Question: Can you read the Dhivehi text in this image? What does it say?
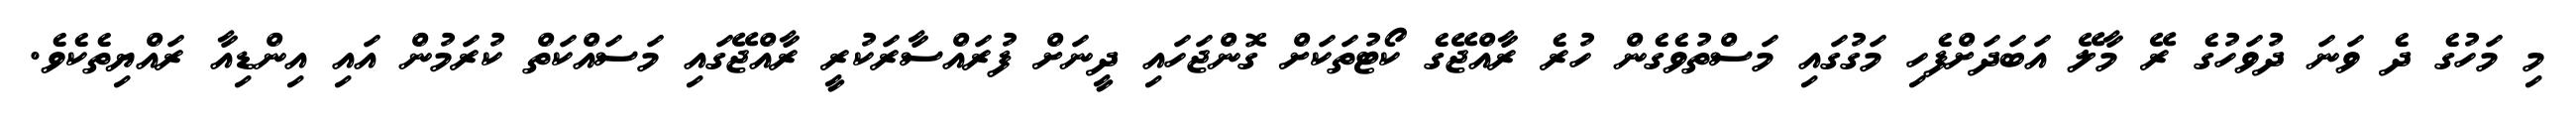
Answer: މި މަހުގެ ދެ ވަނަ ދުވަހުގެ ރޭ މާލޭ އަބަދަށްފެހި މަގުގައި މަސްތުވެގެން ހުރެ ރާއްޖޭގެ ކޯޓުތަކަށް ގޮންޖަހައި ދީނަށް ފުރައްސާރަކުރީ ރާއްޖޭގައި މަސައްކަތް ކުރަމުން އައި އިންޑިއާ ރައްޔިތެކެވެ.